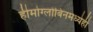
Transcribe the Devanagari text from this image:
हीमोग्लोबिनमध्येही